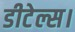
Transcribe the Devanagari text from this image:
डीटेल्स।